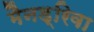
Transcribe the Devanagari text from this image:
मैनड्रिवा